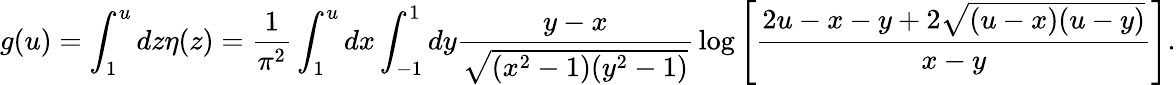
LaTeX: g(u)=\int_{1}^{u}dz\eta(z)={\frac{1}{\pi^{2}}}\int_{1}^{u}dx\int_{-1}^{1}dy{\frac{y-x}{\sqrt{(x^{2}-1)(y^{2}-1)}}}\log\left[{\frac{2u-x-y+2\sqrt{(u-x)(u-y)}}{x-y}}\right].